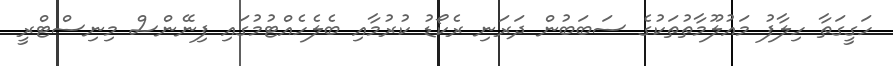
ހަގީގަތާ ހިލާފު މައުލޫމާތުތަކުގެ ސަބަބުން ދަރަނި ރެކޯޑު ކުރުމާއި ބެލެހެއްޓުމުގައި ފިނޭންސް މިނިސްޓްރީ